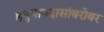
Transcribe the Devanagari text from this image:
हनुमानदासांबरोबर